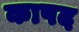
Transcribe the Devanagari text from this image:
कापद